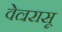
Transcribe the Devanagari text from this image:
वेल्ररासू